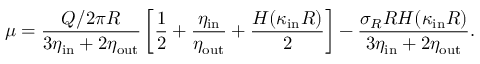
\mu = \frac { Q / 2 \pi R } { 3 \eta _ { \mathrm { i n } } + 2 \eta _ { \mathrm { o u t } } } \left[ \frac { 1 } { 2 } + \frac { \eta _ { \mathrm { i n } } } { \eta _ { \mathrm { o u t } } } + \frac { H ( \kappa _ { \mathrm { i n } } R ) } { 2 } \right] - \frac { \sigma _ { R } R H ( \kappa _ { \mathrm { i n } } R ) } { 3 \eta _ { \mathrm { i n } } + 2 \eta _ { \mathrm { o u t } } } .